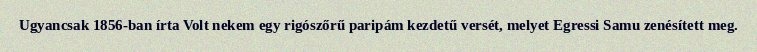
Ugyancsak 1856-ban írta Volt nekem egy rigószőrű paripám kezdetű versét, melyet Egressi Samu zenésített meg.